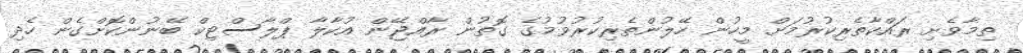
ތިމާވެށި ރައްކާތެރިކުރުމަށް މީހުން ހޭލުންތެރިކުރުވުމުގެ ގޮތުން ރާއްޖޭން އުކާލާ ޕްލާސްޓިކް ބޭނުންކޮށްގެން ހެދި